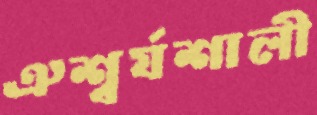
ঐশ্বর্যশালী